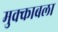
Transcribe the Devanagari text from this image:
मुक्काबला